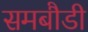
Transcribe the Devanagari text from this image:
समबौडी